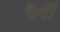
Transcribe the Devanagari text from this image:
दैवीं